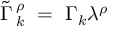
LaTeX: \widetilde \Gamma \, _ { k } ^ { \rho } \ = \ \Gamma _ { k } \lambda ^ { \rho }